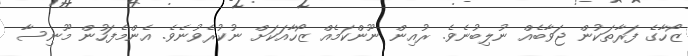
ޒޯހާގެ ފަރާތަކުން ޖަވާބެއް ނުލިބުނެވެ. ރުއިން ނޫންކަމެއް ޒޯހާއަކަށް ނުކުރެވުނެވެ. އެންމެފަހުން މޫނިސާ